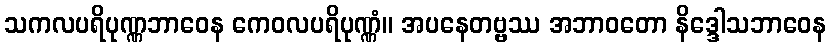
သကလပရိပုဏ္ဏဘာဝေန ကေဝလပရိပုဏ္ဏံ။ အပနေတဗ္ဗဿ အဘာဝတော နိဒ္ဒေါသဘာဝေန